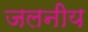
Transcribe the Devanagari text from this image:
जलनीय